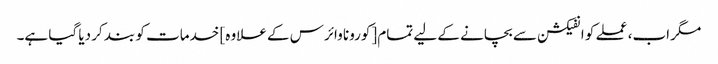
مگر اب، عملے کو انفیکشن سے بچانے کے لیے تمام [کورونا وائرس کے علاوہ] خدمات کو بند کر دیا گیا ہے۔